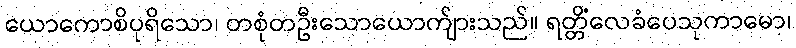
ယောကောစိပုရိသော၊ တစုံတဦးသောယောက်ျားသည်။ ရတ္တိံလေခံပေသုကာမော၊